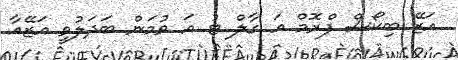
އަޒޭ ބިކޯސް ފްރޮމް އަ ގާލް ޓު އަ ވުމަން ބަދަލުވީ އަޒޭއާ